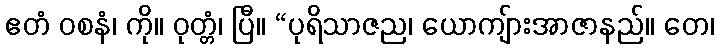
ဧတံ ဝစနံ၊ ကို။ ဝုတ္တံ၊ ပြီ။ “ပုရိသာဇည၊ ယောကျ်ားအာဇာနည်။ တေ၊